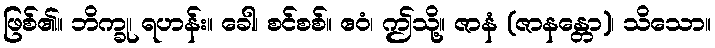
ဖြစ်၏။ ဘိက္ခု၊ ရဟန်း။ ခေါ၊ စင်စစ်။ ဧဝံ၊ ဤသို့။ ဇာနံ (ဇာနန္တော)၊ သိသော။